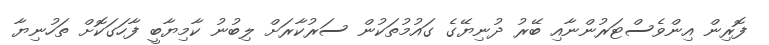
ފޮރިން އިންވެސްޓަރުންނާއި ބޭރު ދުނިޔޭގެ ގައުމުތަކުން ސަރުކާރަށް ލިބުނު ކާމިޔާބީ ފާހަގަކޮށް ތަހުނިޔާ